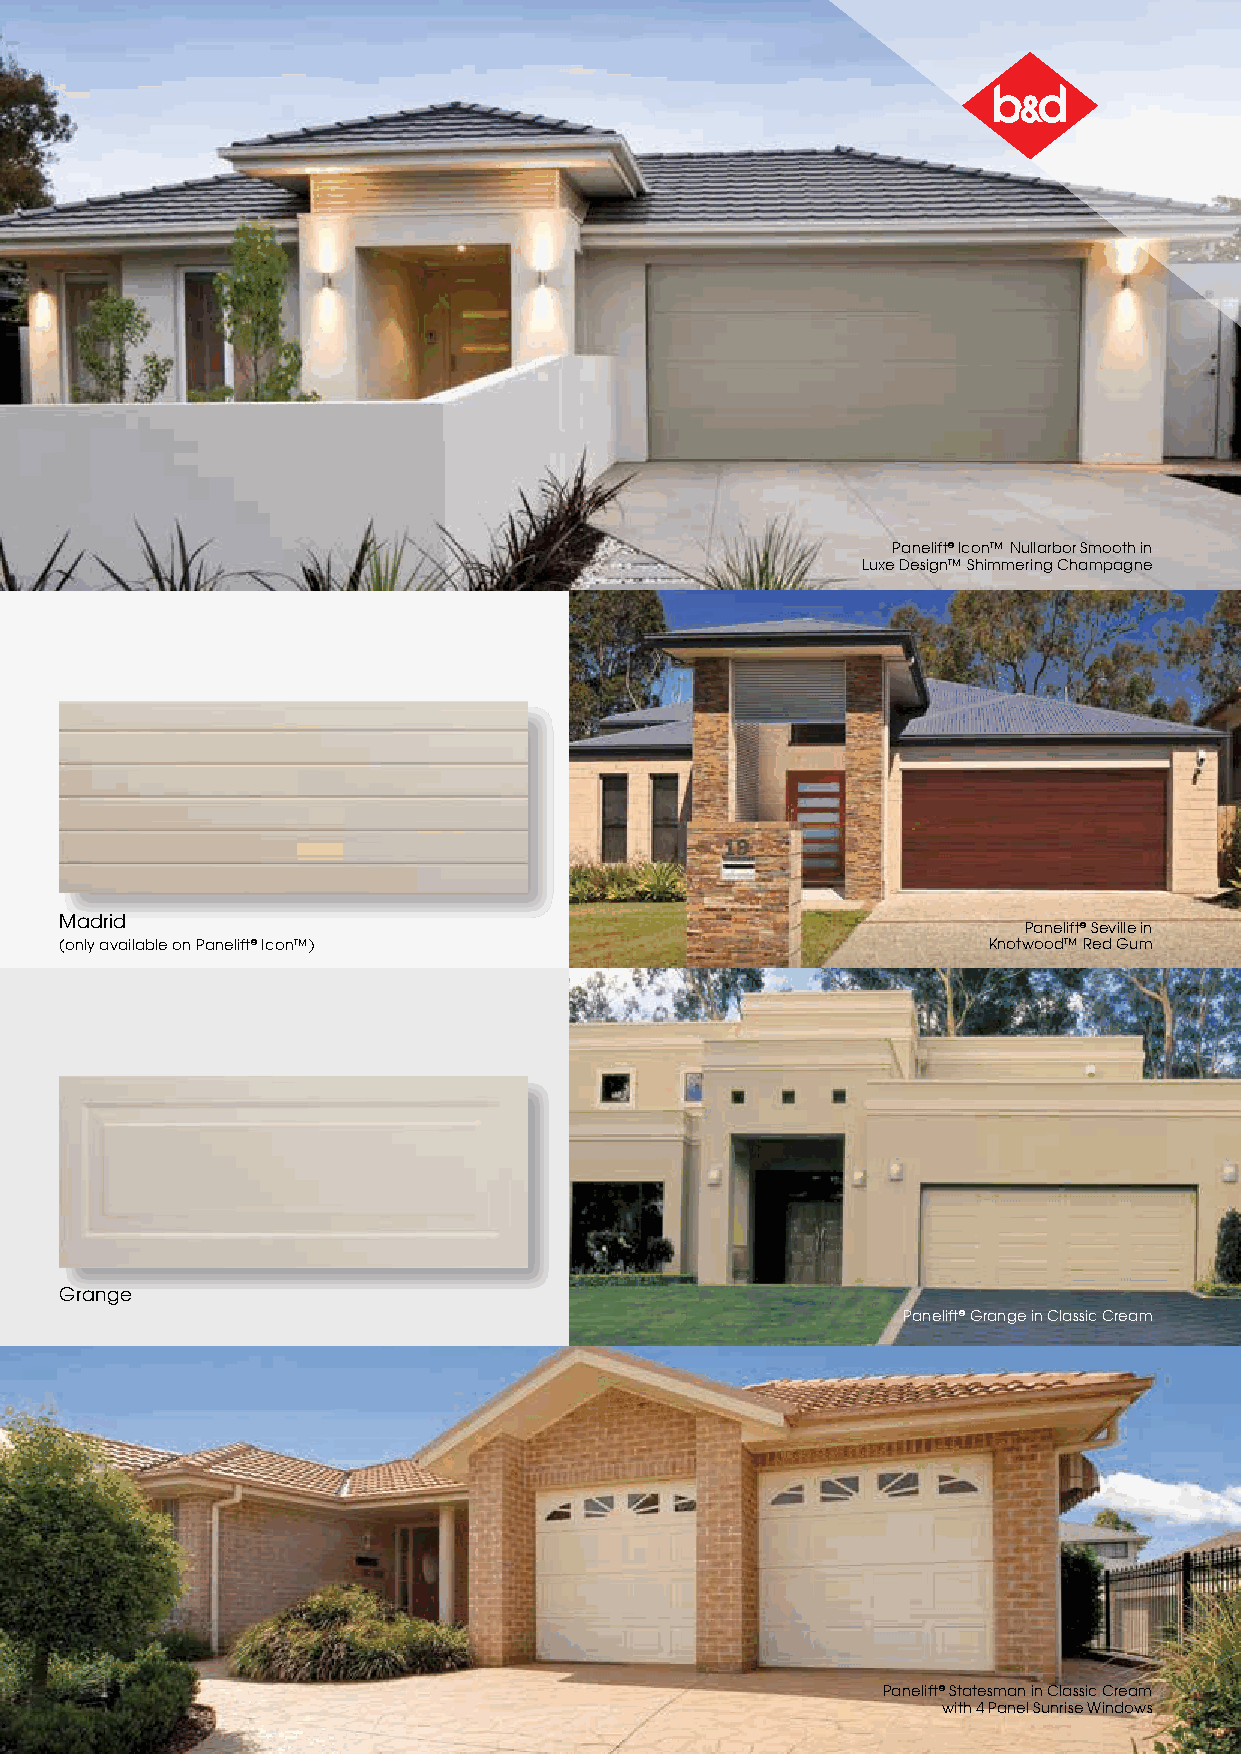
Panelift® Icon™ Nullarbor Smooth in
 Luxe Design™ Shimmering Champagne
 Madrid
 Panelift® Seville in
 (only available on Panelift® Icon™)                          Knotwood™ Red Gum
 Grange
 Panelift® Grange in Classic Cream
 Panelift® Statesman in Classic Cream
 with 4 Panel Sunrise Windows